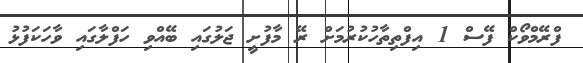
ފްރޭމްވޯކް ފޭސް 1 އިފްތިތާހުކުރުމަށް ރޭ މާފުށީ ޖަލުގައި ބޭއްވި ހަފްލާގައި ވާހަކަފުޅު